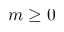
m \geq 0